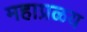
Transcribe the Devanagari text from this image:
महाप्रळय